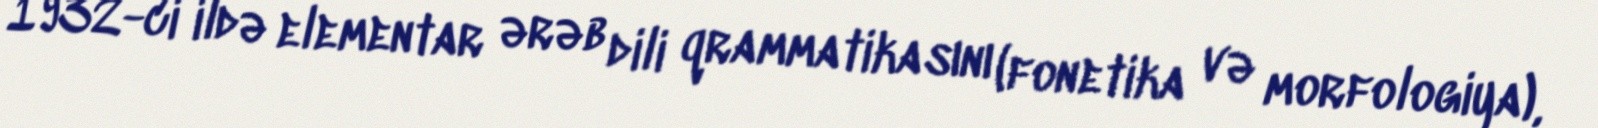
1932-ci ildə elementar ərəb dili qrammatikasını (fonetika və morfologiya),